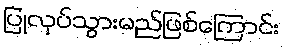
ပြုလုပ်သွားမည်ဖြစ်ကြောင်း